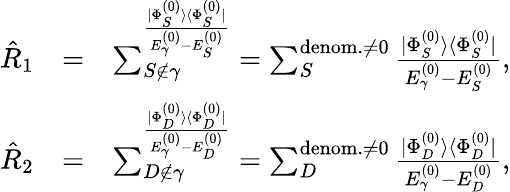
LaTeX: \begin{array}{rlr}{\hat{R}_{1}}&{=}&{\sum_{S\notin\gamma}^\frac{|\Phi_{S}^{(0)}\rangle\langle\Phi_{S}^{(0)}|}{E_{\gamma}^{(0)}-E_{S}^{(0)}}=\sum_{S}^{{\mathrm{denom.}\neq 0}}\frac{|\Phi_{S}^{(0)}\rangle\langle\Phi_{S}^{(0)}|}{E_{\gamma}^{(0)}-E_{S}^{(0)}},}\\ {\hat{R}_{2}}&{=}&{\sum_{D\notin\gamma}^\frac{|\Phi_{D}^{(0)}\rangle\langle\Phi_{D}^{(0)}|}{E_{\gamma}^{(0)}-E_{D}^{(0)}}=\sum_{D}^{{\mathrm{denom.}\neq 0}}\frac{|\Phi_{D}^{(0)}\rangle\langle\Phi_{D}^{(0)}|}{E_{\gamma}^{(0)}-E_{D}^{(0)}},}\end{array}